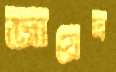
জায়েদ